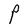
Character: P